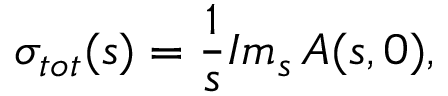
\sigma _ { t o t } ^ { } ( s ) = \frac 1 s I m _ { s } ^ { } \, A ( s , 0 ) ,